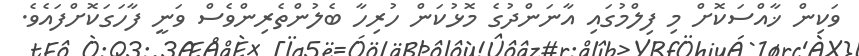
ވަކިން ޚާއްސަކޮށް މި ފިލްމުގައި އާނަންދުގެ މޮޅުކަން ހުރިހާ ބެލުންތެރިންވެސް ވަނީ ފާހަގަކޮށްފައެވެ.